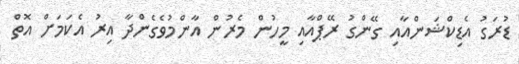
ޑުރަގު އެޑިކްޝަންއާއި ގޭންގު ރޭޕްއާއި މީހުން މެރުން އާންމުވެގެންދާ އިރު އެކަމަށް އޮތް